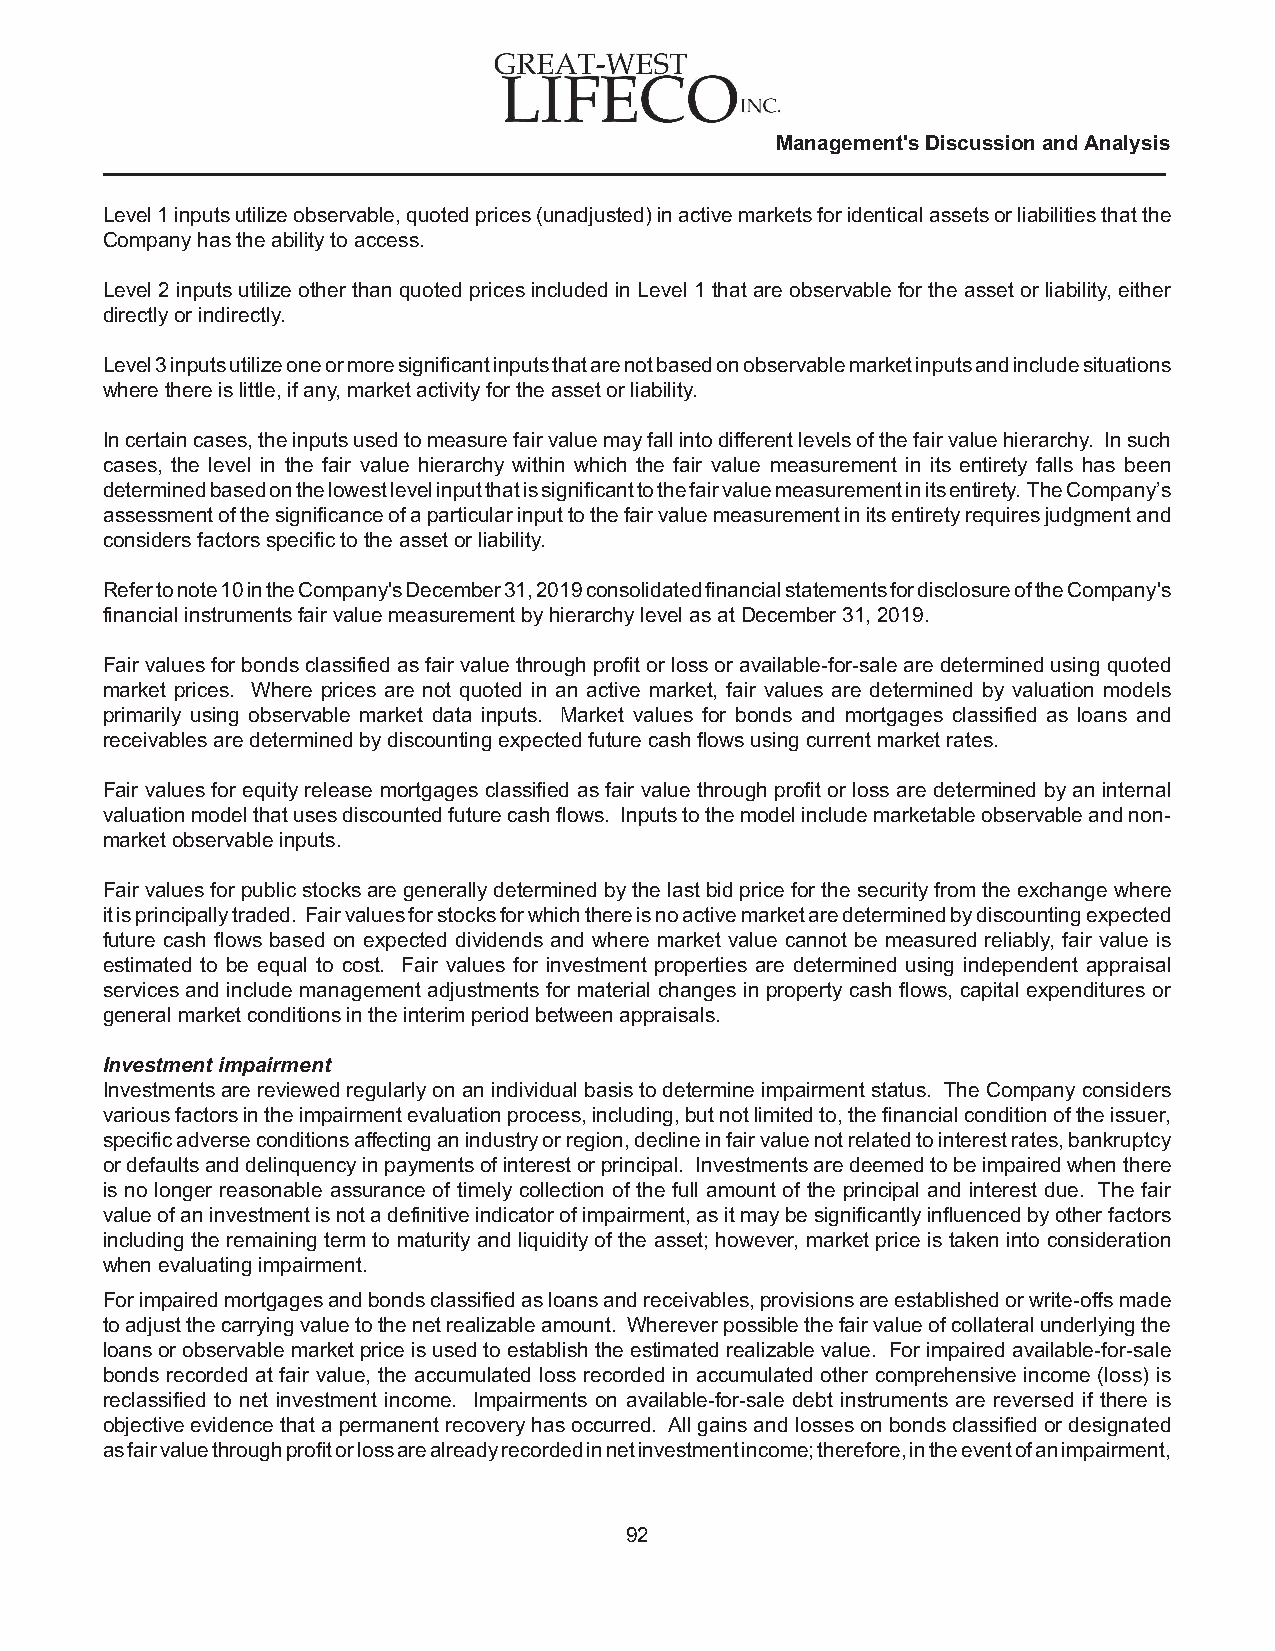
Management's Discussion and Analysis
 Level 1 inputs utilize observable, quoted prices (unadjusted) in active markets for identical assets or liabilities that the
 Company has the ability to access.
 Level 2 inputs utilize other than quoted prices included in Level 1 that are observable for the asset or liability, either
 directly or indirectly.
 Level 3 inputs utilize one or more significant inputs that are not based on observable market inputs and include situations
 where there is little, if any, market activity for the asset or liability.
 In certain cases, the inputs used to measure fair value may fall into different levels of the fair value hierarchy. In such
 cases, the level in the fair value hierarchy within which the fair value measurement in its entirety falls has been
 determined based on the lowest level input that is significant to the fair value measurement in its entirety. The Company’s
 assessment of the significance of a particular input to the fair value measurement in its entirety requires judgment and
 considers factors specific to the asset or liability.
 Refer to note 10 in the Company's December 31, 2019 consolidated financial statements for disclosure of the Company's
 financial instruments fair value measurement by hierarchy level as at December 31, 2019.
 Fair values for bonds classified as fair value through profit or loss or available-for-sale are determined using quoted
 market prices. Where prices are not quoted in an active market, fair values are determined by valuation models
 primarily using observable market data inputs. Market values for bonds and mortgages classified as loans and
 receivables are determined by discounting expected future cash flows using current market rates.
 Fair values for equity release mortgages classified as fair value through profit or loss are determined by an internal
 valuation model that uses discounted future cash flows. Inputs to the model include marketable observable and non-
 market observable inputs.
 Fair values for public stocks are generally determined by the last bid price for the security from the exchange where
 it is principally traded. Fair values for stocks for which there is no active market are determined by discounting expected
 future cash flows based on expected dividends and where market value cannot be measured reliably, fair value is
 estimated to be equal to cost. Fair values for investment properties are determined using independent appraisal
 services and include management adjustments for material changes in property cash flows, capital expenditures or
 general market conditions in the interim period between appraisals.
 Investment impairment
 Investments are reviewed regularly on an individual basis to determine impairment status. The Company considers
 various factors in the impairment evaluation process, including, but not limited to, the financial condition of the issuer,
 specific adverse conditions affecting an industry or region, decline in fair value not related to interest rates, bankruptcy
 or defaults and delinquency in payments of interest or principal. Investments are deemed to be impaired when there
 is no longer reasonable assurance of timely collection of the full amount of the principal and interest due. The fair
 value of an investment is not a definitive indicator of impairment, as it may be significantly influenced by other factors
 including the remaining term to maturity and liquidity of the asset; however, market price is taken into consideration
 when evaluating impairment.
 For impaired mortgages and bonds classified as loans and receivables, provisions are established or write-offs made
 to adjust the carrying value to the net realizable amount. Wherever possible the fair value of collateral underlying the
 loans or observable market price is used to establish the estimated realizable value. For impaired available-for-sale
 bonds recorded at fair value, the accumulated loss recorded in accumulated other comprehensive income (loss) is
 reclassified to net investment income. Impairments on available-for-sale debt instruments are reversed if there is
 objective evidence that a permanent recovery has occurred. All gains and losses on bonds classified or designated
 as fair value through profit or loss are already recorded in net investment income; therefore, in the event of an impairment,
 92